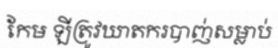
កែម ឡីត្រូវឃាតករបាញ់សម្លាប់